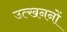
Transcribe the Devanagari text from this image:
उत्‍खननों